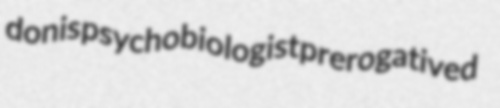
donis psychobiologist prerogatived